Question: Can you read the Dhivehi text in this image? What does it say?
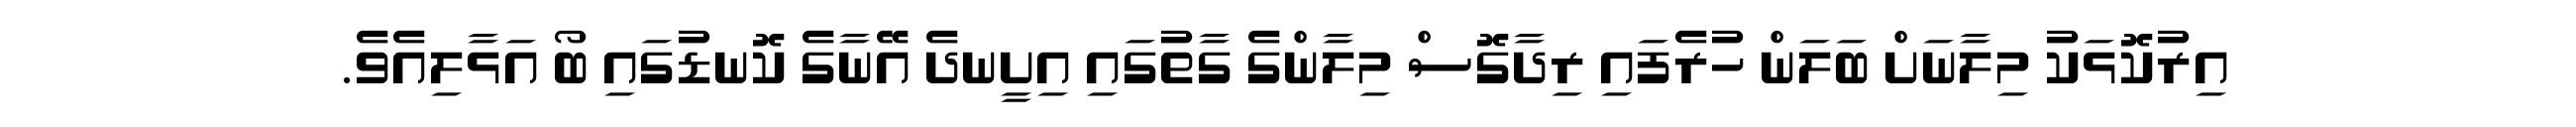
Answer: އިރުކޮޅަކު މިލާނަށް ބަލަން ހުރެފައި ރިދާގޮސް މިލާންގެ ގާތުގައި އިށީނދެ އޭނާގެ ކޮނޑުގައި ބޯ އަޅާލިއެވެ.